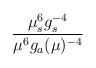
\begin{align*}{\mu^6_sg_{s}^{-4}\over\mu^6g_a(\mu)^{-4}}\end{align*}